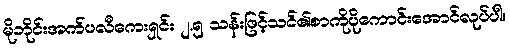
မိုဘိုင်းအက်ပလီကေးရှင်း ၂.၅ သန်းဖြင့်သင်၏စာကိုပိုကောင်းအောင်လုပ်ပါ။